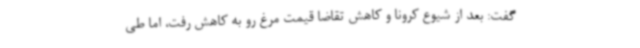
گفت: بعد از شیوع کرونا و کاهش تقاضا قیمت مرغ رو به کاهش رفت، اما طی